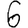
Digit: 6